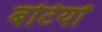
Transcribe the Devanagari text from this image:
बटियों